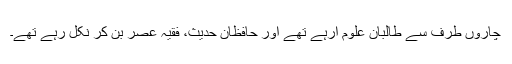
چاروں طرف سے طالبان علوم آرہے تھے اور حافظانِ حدیث، فقیہ عصر بن کر نکل رہے تھے۔